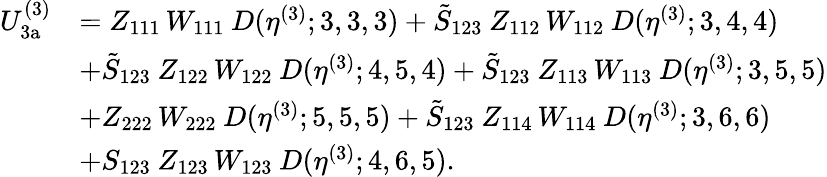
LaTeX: \begin{array}{rl}{U_{\mathrm{3a}}^{(3)}}&{=Z_{111}\, W_{111}\: D(\eta^{(3)};3,3,3)+\tilde{S}_{123}\: Z_{112}\, W_{112}\: D(\eta^{(3)};3,4,4)}\\ &{+\tilde{S}_{123}\: Z_{122}\, W_{122}\: D(\eta^{(3)};4,5,4)+\tilde{S}_{123}\: Z_{113}\, W_{113}\: D(\eta^{(3)};3,5,5)}\\ &{+Z_{222}\, W_{222}\: D(\eta^{(3)};5,5,5)+\tilde{S}_{123}\: Z_{114}\, W_{114}\: D(\eta^{(3)};3,6,6)}\\ &{+S_{123}\: Z_{123}\, W_{123}\: D(\eta^{(3)};4,6,5).}\end{array}